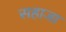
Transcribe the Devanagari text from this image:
सहाजा